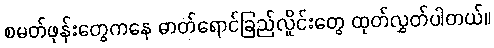
စမတ်ဖုန်းတွေကနေ ဓာတ်ရောင်ခြည်လှိုင်းတွေ ထုတ်လွှတ်ပါတယ်။